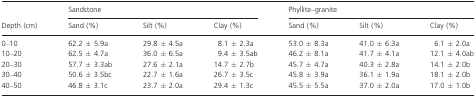
| <ROWSPAN=3> Depth (cm) | <COLSPAN=3> Sandstone | <COLSPAN=3> Phyllite–granite |
 | Sand (%) | Silt (%) | Clay (%) | Sand (%) | Silt (%) | Clay (%) |
 | --- | --- | --- | --- | --- | --- | --- |
 | 0–10 | 62.2 ± 5.9a | 29.8 ± 4.5a | 8.1 ± 2.3a | 53.0 ± 8.3a | 41.0 ± 6.3a | 6.1 ± 2.0a |
 | 10–20 | 62.5 ± 4.7a | 36.0 ± 6.5a | 9.4 ± 3.5ab | 46.2 ± 8.1a | 41.7 ± 4.1a | 12.1 ± 4.0ab |
 | 20–30 | 57.7 ± 3.3ab | 27.6 ± 2.1a | 14.7 ± 2.7b | 45.7 ± 4.7a | 40.3 ± 2.8a | 14.1 ± 2.0b |
 | 30–40 | 50.6 ± 3.5bc | 22.7 ± 1.6a | 26.7 ± 3.5c | 45.8 ± 3.9a | 36.1 ± 1.9a | 18.1 ± 2.0b |
 | 40–50 | 46.8 ± 3.1c | 23.7 ± 2.0a | 29.4 ± 1.3c | 45.5 ± 5.5a | 37.0 ± 2.0a | 17.0 ± 1.0b |